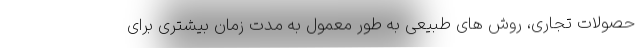
حصولات تجاری، روش های طبیعی به طور معمول به مدت زمان بیشتری برای